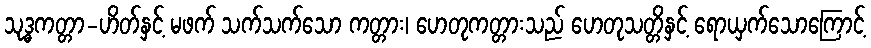
သုဒ္ဓကတ္တာ-ဟိတ်နှင့် မဖက် သက်သက်သော ကတ္တား၊ ဟေတုကတ္တားသည် ဟေတုသတ္တိနှင့် ရောယှက်သောကြောင့်